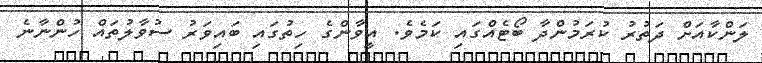
ލަންކާއަށް ދަތުރު ކުރަމުންދާ ބޯޓެއްގައި ކަމެވެ. އީވާންގެ ހިތުގައި ބައިވަރު ސުވާލުތައް ހުންނާނެ